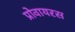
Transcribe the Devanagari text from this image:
प्रोवायरस